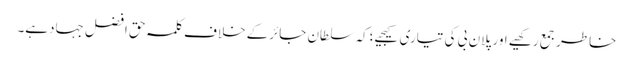
خاطرجمع رکھیے اورپلان بی کی تیاری کیجیے؛کہ سلطان جائرکے خلاف کلمہ حق افضل جہادہے۔